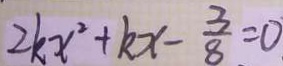
2 k x ^ { 2 } + k x - \frac { 3 } { 8 } = 0